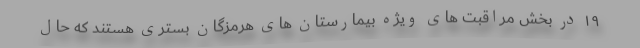
۱۹ در بخش مراقبت های ویژه بیمارستان های هرمزگان بستری هستند که حال